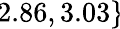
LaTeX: \! \! \! \! \! \! \! \! \! \! \! \! \! \overline{{\epsilon}}_{r}\! \! =\! \! \{ 2.86,3.03\} \!